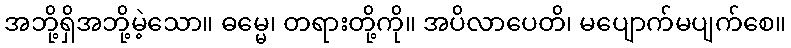
အဘို့ရှိအဘို့မဲ့သော။ ဓမ္မေ၊ တရားတို့ကို။ အပိလာပေတိ၊ မပျောက်မပျက်စေ။